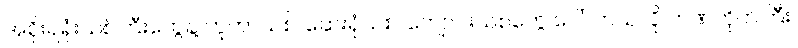
အစိုးရရုံးသစ်ကြီးတွေနဲ့ ဘူတာသစ်၊ ဆေးရုံသစ်၊ ကျောင်းသစ်တွေ ပေါ်လာသလို ဘဏ်တိုက်ကြီး၊